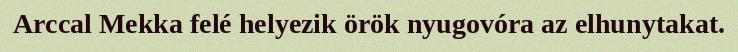
Arccal Mekka felé helyezik örök nyugovóra az elhunytakat.